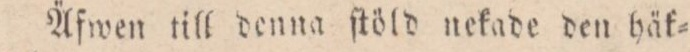
Äfwen till denna ſtöld nekade den häk=